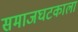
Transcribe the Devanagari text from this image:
समाजघटकाला